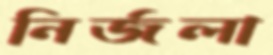
নির্জলা